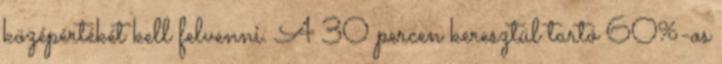
középértékét kell felvenni. A 30 percen keresztül tartó 60%-os